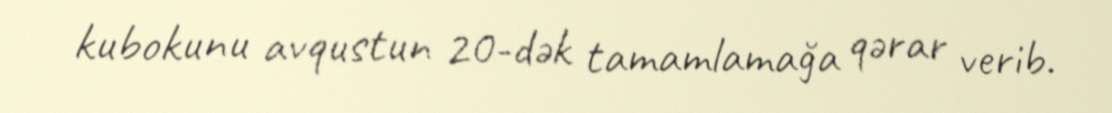
kubokunu avqustun 20-dək tamamlamağa qərar verib.